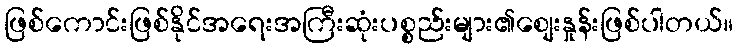
ဖြစ်ကောင်းဖြစ်နိုင်အရေးအကြီးဆုံးပစ္စည်းများ၏စျေးနှုန်းဖြစ်ပါတယ်။